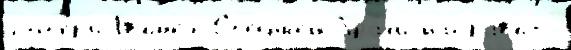
пот'е́р'и Гв'ин'е́я-Ст'ейшен бра́л'и напра́в'ить